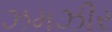
ઝમઝીર